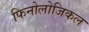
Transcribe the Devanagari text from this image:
फिनोलोजिकल